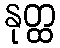
နုတ္ထ